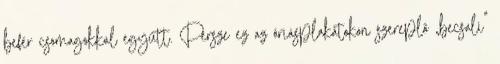
befér csomagokkal együtt. Persze ez az óriásplakátokon szereplő „becsali”